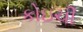
કોઇચી